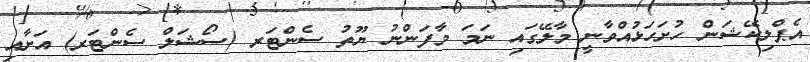
އެޕްލިކޭޝަން ހުށަހަޅުއްވާނީ މާލޭގައި ނަމަ މާފަންނު ޔޫތު ސެންޓަރ (ސޯޝަލް ސެންޓަރ) އަށާއި